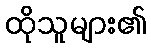
ထိုသူများ၏